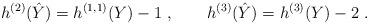
LaTeX: \begin{align*}h^{(2)}(\hat Y) = h^{(1,1)}(Y) -1 \ , \qquad h^{(3)}(\hat Y) = h^{(3)}(Y) -2 \ .\end{align*}